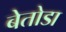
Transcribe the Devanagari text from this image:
बेतोडा